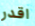
اقدر